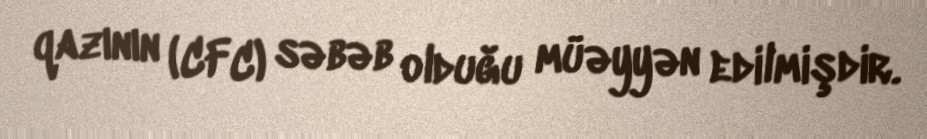
qazının (CFC) səbəb olduğu müəyyən edilmişdir.